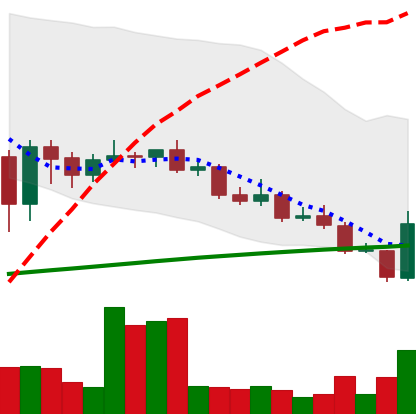
Ticker: LINK-USD
Chart end date: 2020-09-24
Forward return: 3.031%
Label: up_3_5